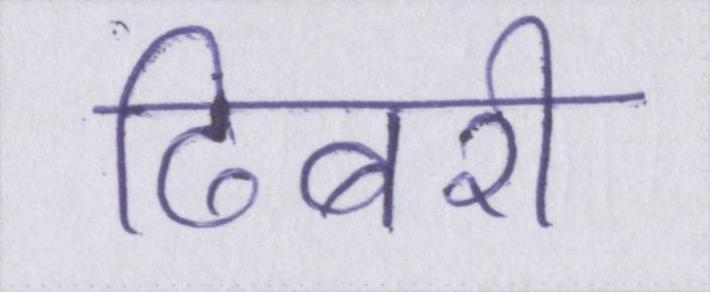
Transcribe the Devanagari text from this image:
ढिबरी